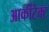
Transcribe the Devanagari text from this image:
आर्कीटेक्ट